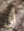
أي